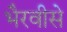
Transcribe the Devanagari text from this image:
भैरवीसे